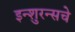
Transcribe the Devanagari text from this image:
इन्‍शुरन्‍सचे